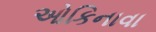
ઓકિનાવા